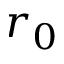
r _ { 0 }